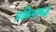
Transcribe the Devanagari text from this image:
प्रक्रियाबद्ध